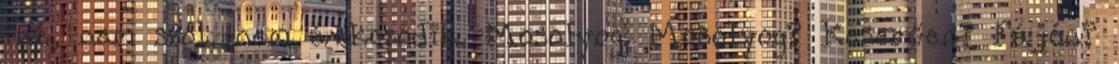
int, nem szól, nem átkozódik. Mosolyog. Mosolyog? Keserűen? Fájón?